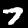
Digit: 7